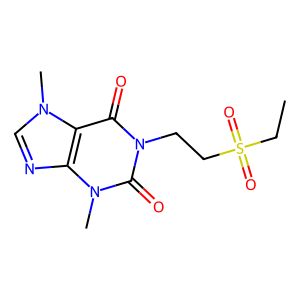
SMILES: CCS(=O)(=O)CCn1c(=O)c2c(ncn2C)n(C)c1=O
Inhibits HIV replication: No